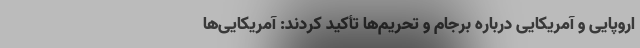
اروپایی و آمریکایی درباره برجام و تحریم‌ها تأکید کردند: آمریکایی‌ها